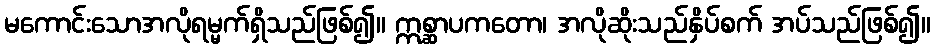
မကောင်းသောအလိုရမ္မက်ရှိသည်ဖြစ်၍။ ဣစ္ဆာပကတော၊ အလိုဆိုးသည်နှိပ်စက် အပ်သည်ဖြစ်၍။